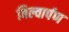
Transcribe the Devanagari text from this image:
बिल्वार्पण